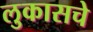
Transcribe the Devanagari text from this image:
लुकासचे